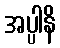
အပ္ပါနိ